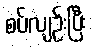
စပ်လျဉ်းပြီး